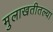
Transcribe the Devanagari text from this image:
मुलाखतीतल्या